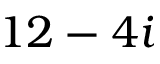
1 2 - 4 i